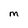
Character: M